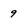
Character: 9